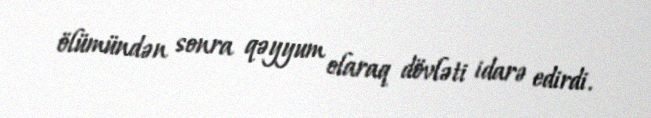
ölümündən sonra qəyyum olaraq dövləti idarə edirdi.